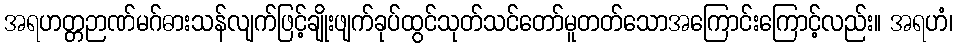
အရဟတ္တဉာဏ်မဂ်ဓားသန်လျက်ဖြင့်ချိုးဖျက်ခုပ်ထွင်သုတ်သင်တော်မူတတ်သောအကြောင်းကြောင့်လည်း။ အရဟံ၊